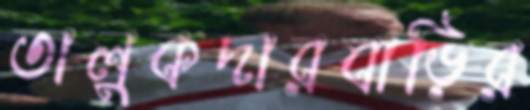
তালুকদারবাড়ির